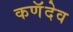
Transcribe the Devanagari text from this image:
कणॅदेव